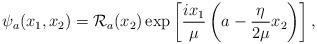
LaTeX: \begin{align*} \psi_a(x_1,x_2)= \mathcal{R}_a (x_2)\exp \left[ \frac{i x_1}{\mu} \left(a-\frac{\eta}{2 \mu} x_2 \right) \right],\end{align*}